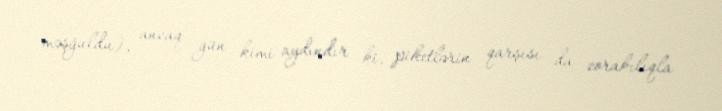
məşğuldu), ancaq gün kimi aydındır ki, piketlərin qarşısı da zorakılıqla